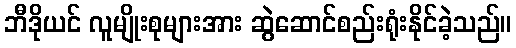
ဘီဒိုယင် လူမျိုးစုများအား ဆွဲဆောင်စည်းရုံးနိုင်ခဲ့သည်။